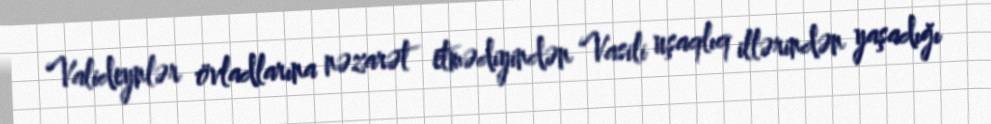
Valideynlər övladlarına nəzarət etmədiyindən Vasili uşaqlıq illərindən yaşadığı